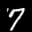
Label: 7